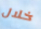
خلال